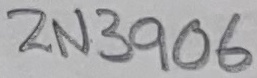
Text: 2N3906